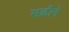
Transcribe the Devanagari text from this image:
सळीने